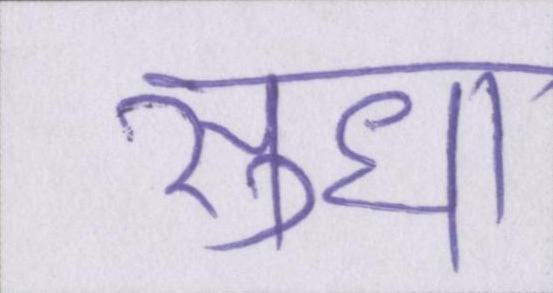
सुधा